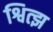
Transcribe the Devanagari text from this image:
श्वित्झ